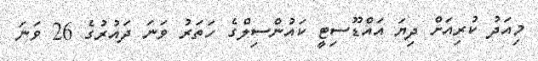
މިއަދު ކުރިއަށް ދިޔަ އައްޑޫސިޓީ ކައުންސިލްގެ ހަތަރު ވަނަ ދައުރުގެ 26 ވަނަ